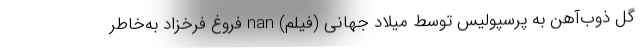
گل ذوب‌آهن به پرسپولیس توسط میلاد جهانی (فیلم) nan فروغ فرخزاد به‌خاطر